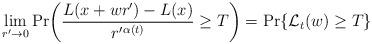
LaTeX: \begin{align*} \lim_{r^{\prime }\rightarrow 0}\Pr \biggl (\frac{L(x+wr^{\prime })-L(x)}{r^{\prime }{}^{\alpha (t)}}\geq T\biggr ) = \Pr \{\mathcal{L}_t(w)\geq T \}\end{align*}